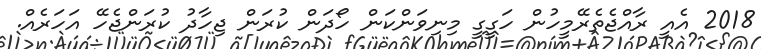
2018 އެއީ ރާއްޖެތެރޭމީހުން ހަގީގީ މިނިވަންކަން ހޯދަން ކުރަން ޖިހާދު ކުރަންޖެހޭ އަހަރެއް.